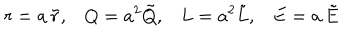
r = a \, \tilde { r } , Q = a ^ { 2 } \tilde { Q } , L = a ^ { 2 } \tilde { L } , E = a \, \tilde { E }